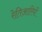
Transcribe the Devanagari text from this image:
रेतिआरियों